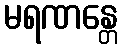
မရဏန္တေ